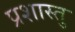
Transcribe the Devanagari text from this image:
प्रशास्तु